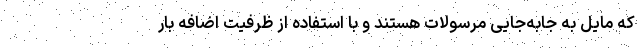
که مایل به جابه‌جایی مرسولات هستند و با استفاده از ظرفیت اضافه بار